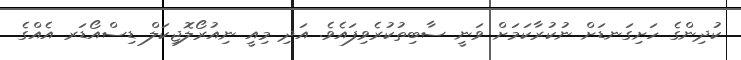
ކުދިންގެ ހަށިގަނޑަށް ނުކުރާކަމަށް ވަނީ ސާބިތުކުރެވިފައެވެ. އަދި މިއީ ނިއުރޯލޮޖިކަލް ޑިސްއޯޑަރ އެއްގެ